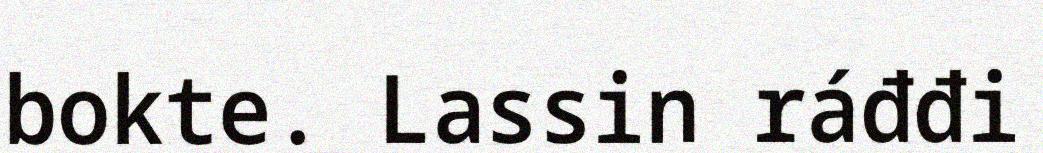
bokte. Lassin ráđđi